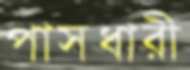
পাসধারী